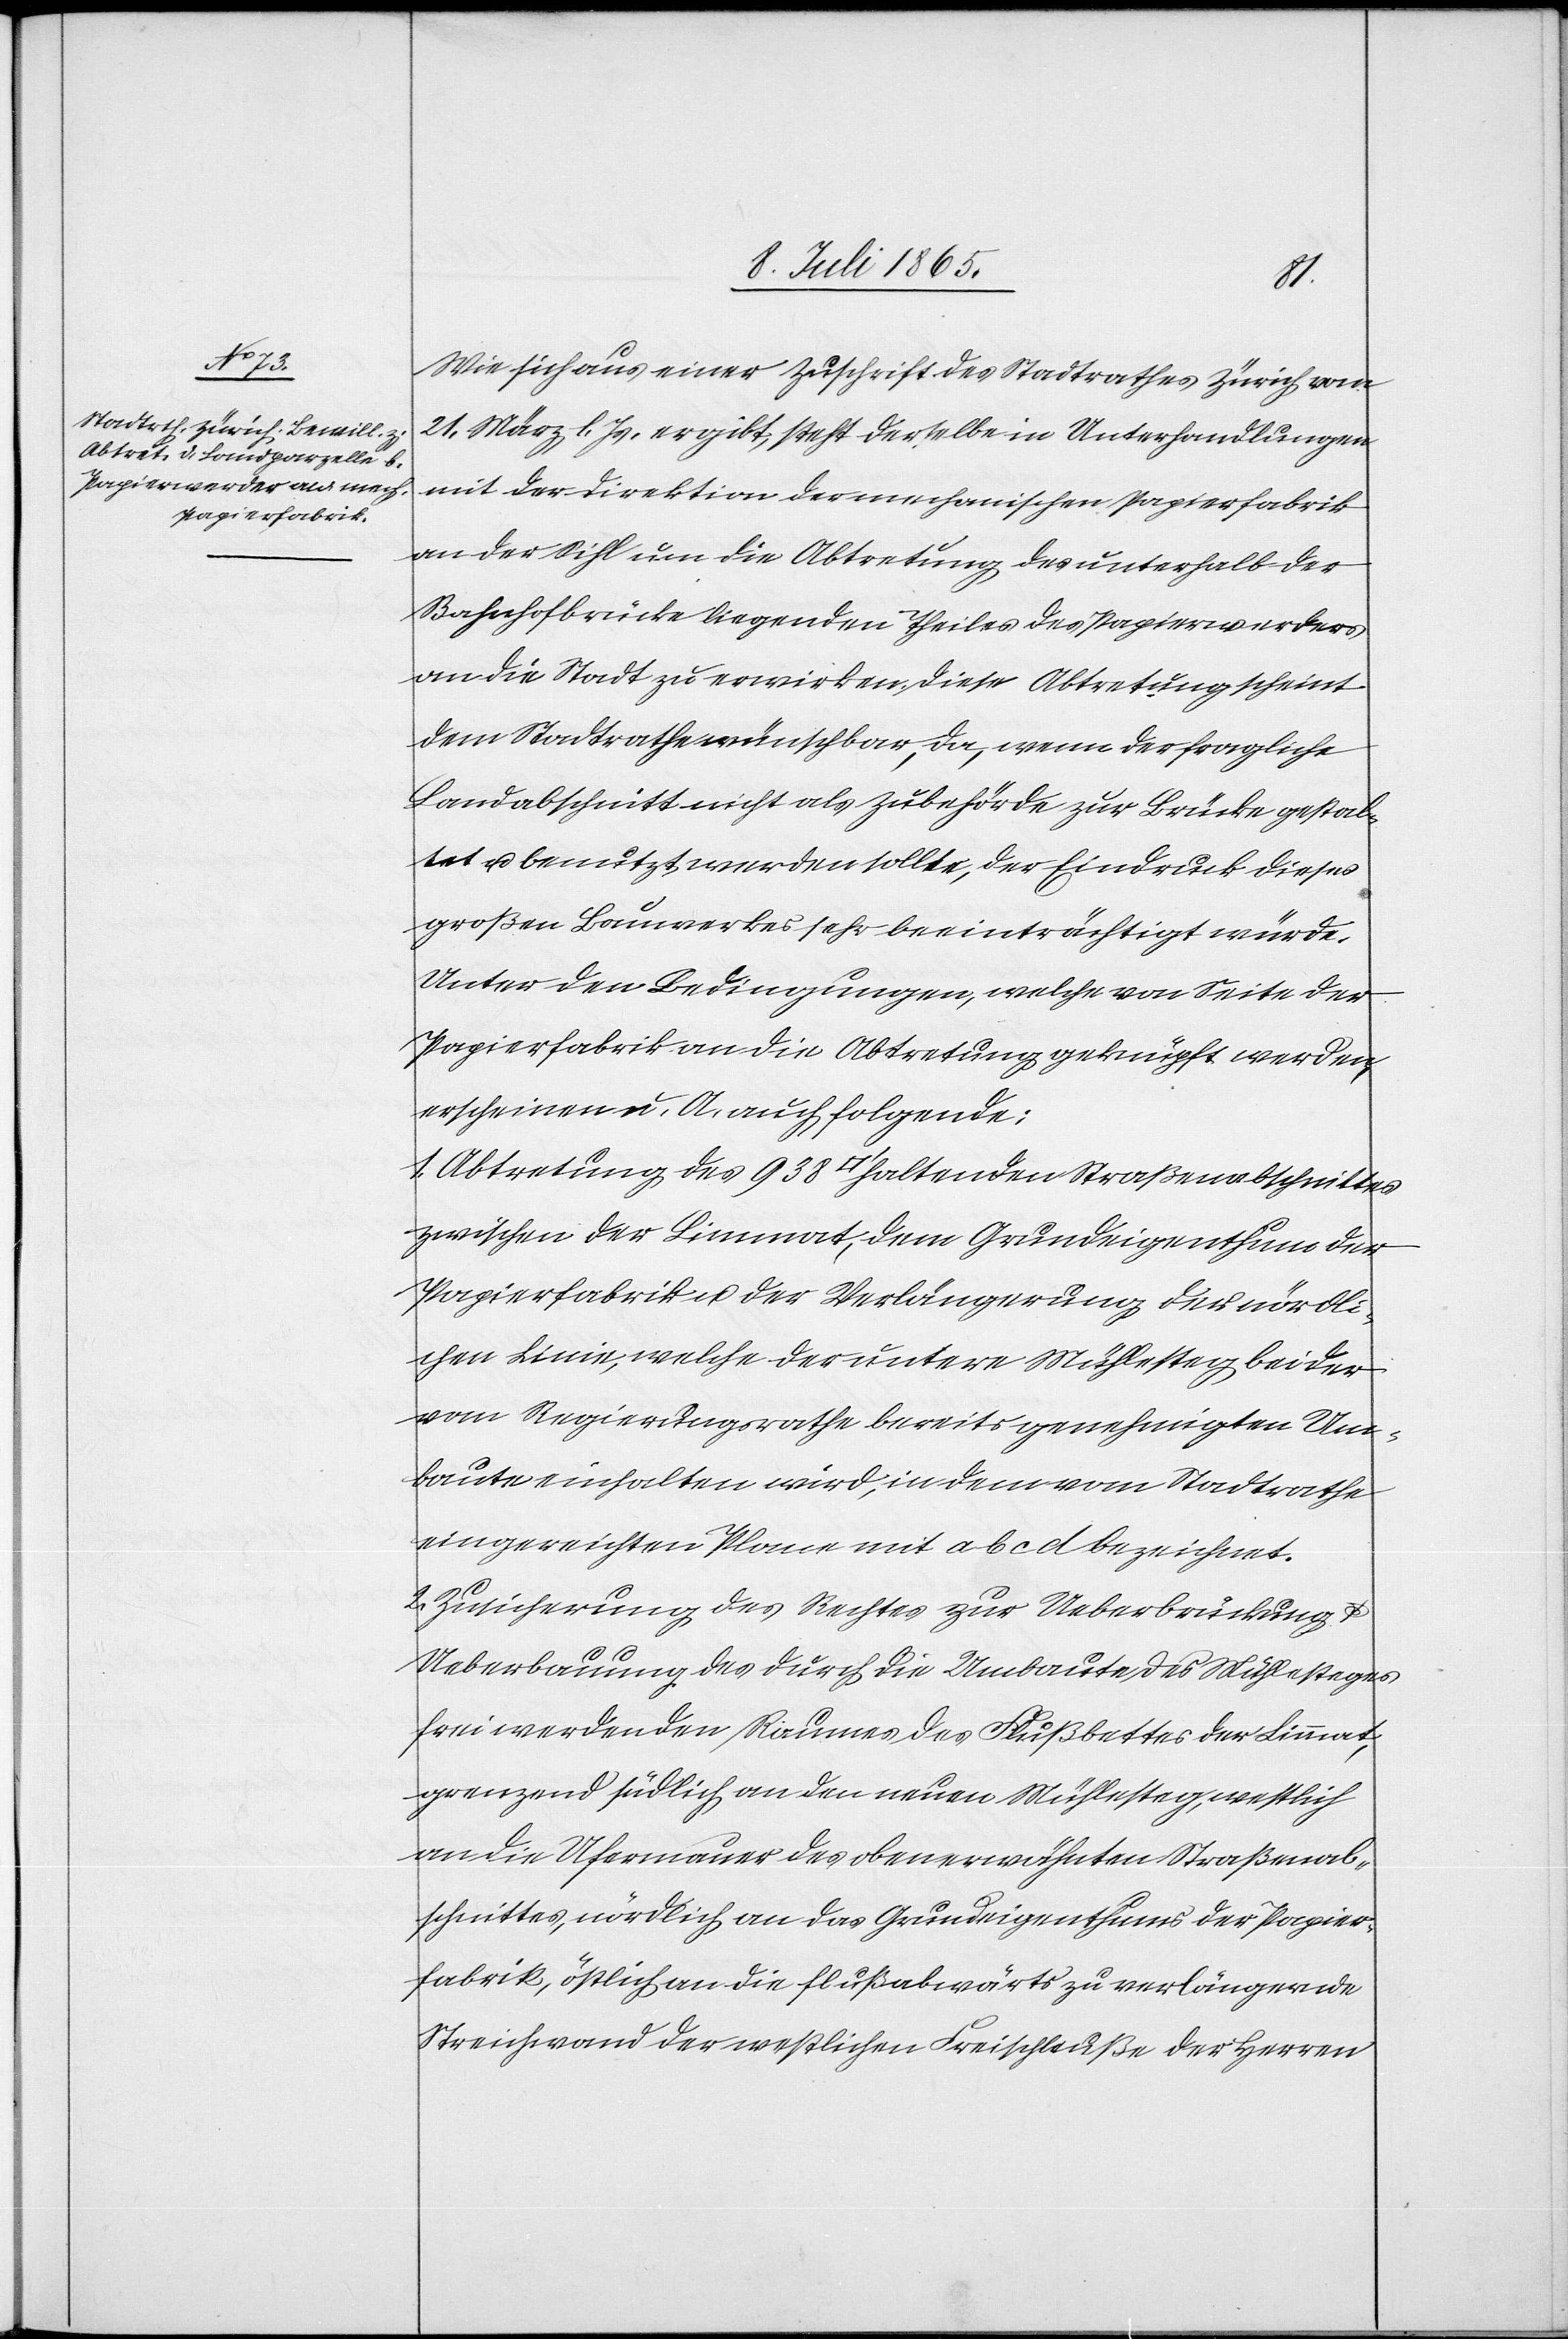
Wie sich aus einer Zuschrift des Stadtrathes Zürich vom
21. März l. Js. ergibt, steht derselbe in Unterhandlungen
mit der Direktion der mechanischen Papierfabrik
an der Sihl um die Abtretung des unterhalb der
Bahnhofbrücke liegenden Theiles des Papierwerders
an die Stadt zu erwirken. Diese Abtretung scheint
dem Stadtrathe wünschbar, da, wenn der fragliche
Landabschnitt nicht als Zubehörde zur Brücke gestal¬
tet u. benutzt werden sollte, der Eindruck dieses
großen Bauwerkes sehr beeinträchtigt würde.
Unter den Bedingungen, welche von Seite der
Papierfabrik an die Abtretung geknüpft werden,
erscheinen u. A. auch folgende:
1. Abtretung des 938 [Quadratfuss] haltenden Straßenabschnittes
zwischen der Limmat, dem Grundeigenthum der
Papierfabrik u. der Verlängerung der nördli¬
chen Linie, welche der untere Mühlesteg beider
vom Regierungsrathe bereits genehmigten Um¬
baute einhalten wird, in dem vom Stadtrathe
eingereichten Plane mit a b c d bezeichnet.
2. Zusicherung des Rechtes zur Ueberbrückung
u.
Ueberbauung des durch die Umbaute des Mühlesteges
frei werdenden Raumes des Flußbettes der Limmat,
grenzend südlich an den neuen Mühlesteg, westlich
an die Ufermauer des obenerwähnten Straßenab¬
schnittes, nördlich an das Grundeigenthums der Papier¬
fabrik, östlich an die flußabwärts zu verlängernde
Streichwand der westlichen Freischleuße der Herren